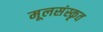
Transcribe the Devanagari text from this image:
मूलसंस्कृत